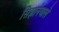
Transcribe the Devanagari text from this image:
सिझानेवाले